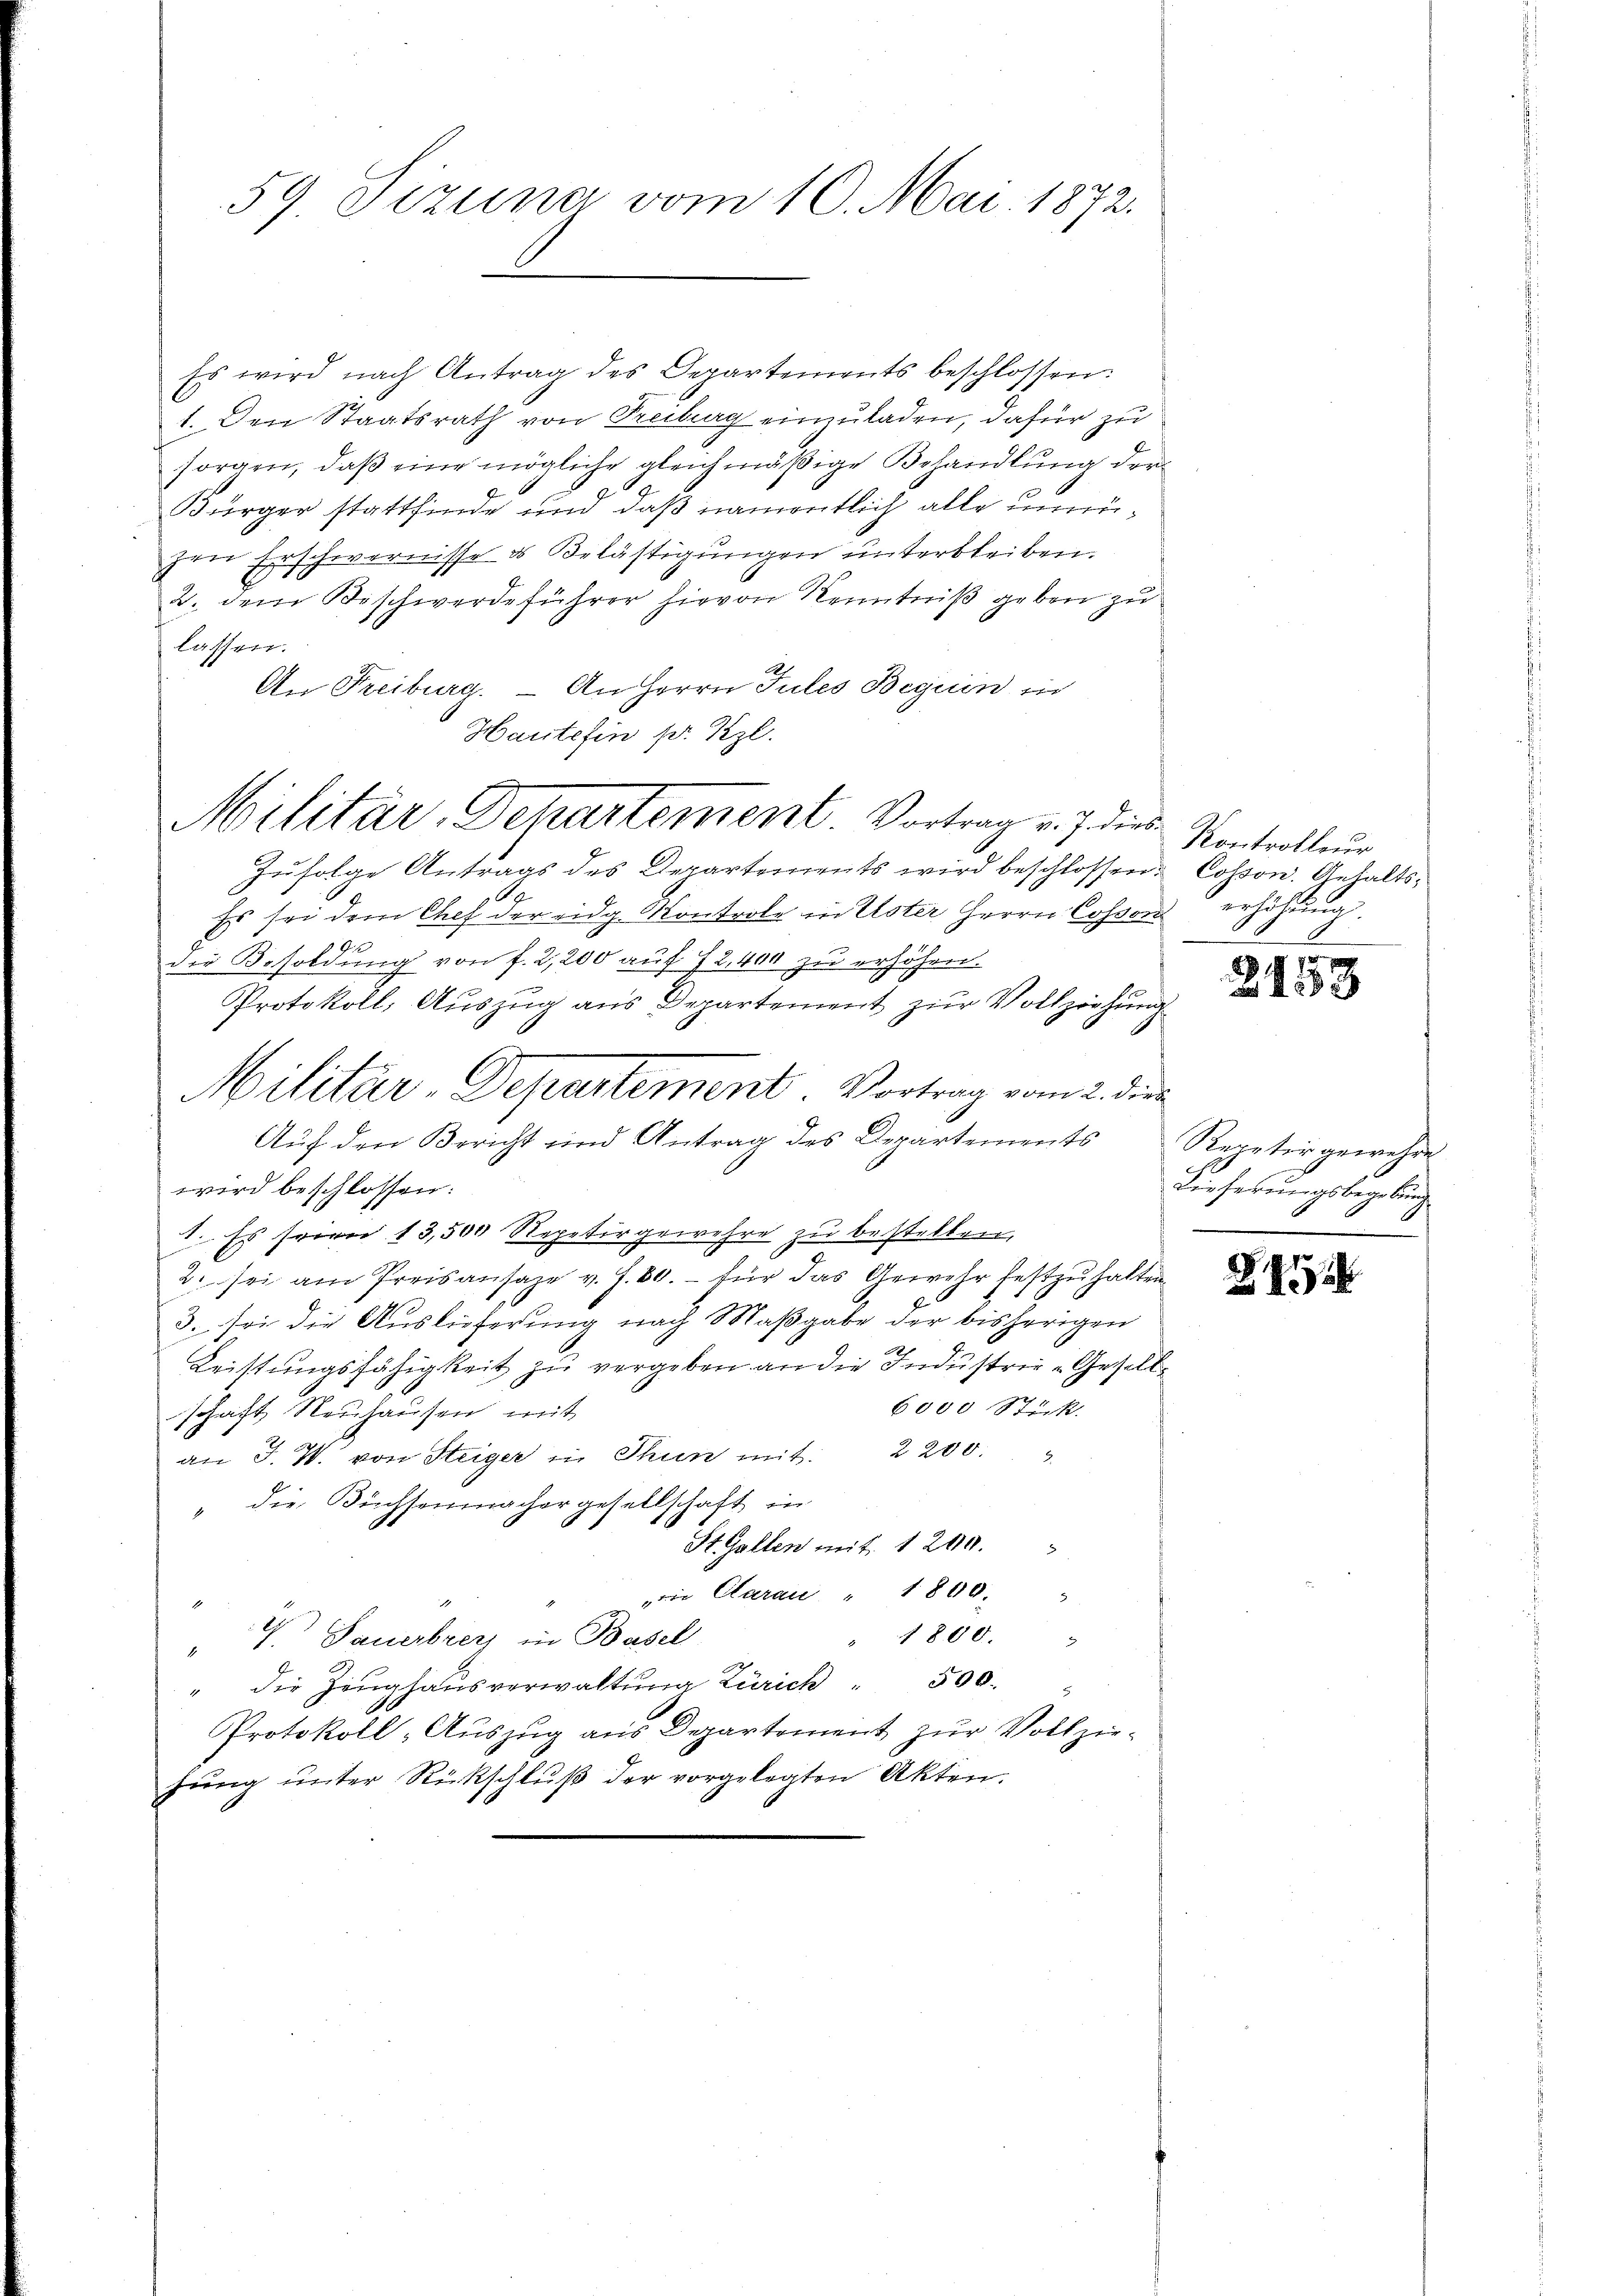
59 Sizung vom 10. Mai 1872.

Es wird nach Antrag des Departements beschlossen:
1. Den Staatsrath von Freiberg einzuladen, dafür zu
sorgen, daß eine mögliche gleichmäßige Behandlung der
Bürger stattfinde und daß namentlich alle unnüzen Erschwernisse es Belästigungen unterbleiben.
2. dem Beschwerdeführer hievon Kenntniß geben zu
lassen.
An Freiburg. – An Herrn Jules Beguin in
Haute fin pr. Kzl.
Zufolge Antrags des Departements wird beschlossen: Cosson. Gehalts¬
.
Es sei dem Chef der eidg. Kontrole in Uster Herrn Cosson erhöhung.
der Besoldung von f. 2,200 auf 72,400 zu erhöhen.
Protokoll, Aŭszŭg ans Departement zur Vollziehung
Aŭf den Bericht und Antrag des Departements Repetir gewehre
wird beschlossen:
1. Es seien 13,500 Repetir gewehre zu bestellen,
2. sei am Preisansaze v. J. 80. - für das Gewehr festzuhalten.
3. sei die Auslieferung nach Maßgabe der bisherigen
Leistungsfähigkeit zu vergeben an die Industrie Gesell¬
6000 Stick.
schaft Neuhausen mit
an J. W. von Steiger in Thun mit. 2200.
" die Büchsenmachergesellschaft in
St. Gallen mit 1200.
ie Clarau " 1800. "
d
" 1800.
1.) Dauerbrer in Basel
1
" die Zeughausverwaltung Zürich 500.
Protokoll -Auszug aus Departement zur Vollziehung unter Rückschluß der vorgelegten Akten.

Militär-Departement. Vortrag v. 7. dies

Militär-Departement. Vortrag vom 2. die

Kontrolleur

2153

Kirherrungsbegebung

Z. 454